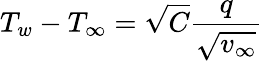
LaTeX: T_{w}-T_{\infty}=\sqrt{C}\frac{q}{\sqrt{v_{\infty}}}